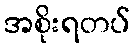
အစိုးရတပ်